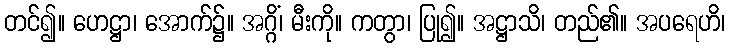
တင်၍။ ဟေဋ္ဌာ၊ အောက်၌။ အဂ္ဂိံ၊ မီးကို။ ကတွာ၊ ပြု၍။ အဋ္ဌာသိ၊ တည်၏။ အပရေဟိ၊